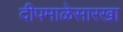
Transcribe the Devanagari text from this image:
दीपमाळेसारखा